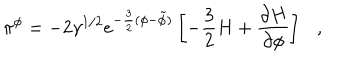
\pi ^ { \phi } = - 2 \gamma ^ { 1 / 2 } e ^ { - \frac { 3 } { 2 } ( \phi - \tilde { \phi } ) } \left[ - \frac { 3 } { 2 } H + \frac { \partial H } { \partial \phi } \right] ,